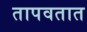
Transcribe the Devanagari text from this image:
तापवतात